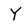
Character: Y